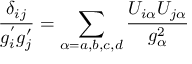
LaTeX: \frac { \delta _ { i j } } { g _ { i } ^ { ' } g _ { j } ^ { \prime } } = \sum _ { \alpha = a , b , c , d } \frac { U _ { i \alpha } U _ { j \alpha } } { g _ { \alpha } ^ { 2 } }